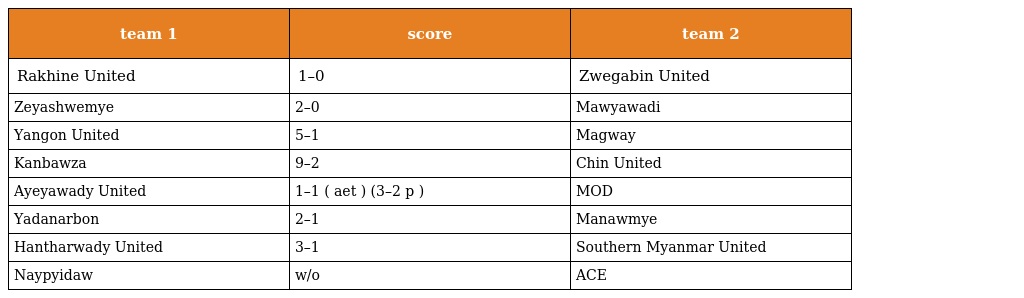
| team 1 | score | team 2 |
 | --- | --- | --- |
 | Rakhine United | 1–0 | Zwegabin United |
 | Zeyashwemye | 2–0 | Mawyawadi |
 | Yangon United | 5–1 | Magway |
 | Kanbawza | 9–2 | Chin United |
 | Ayeyawady United | 1–1 ( aet ) (3–2 p ) | MOD |
 | Yadanarbon | 2–1 | Manawmye |
 | Hantharwady United | 3–1 | Southern Myanmar United |
 | Naypyidaw | w/o | ACE |